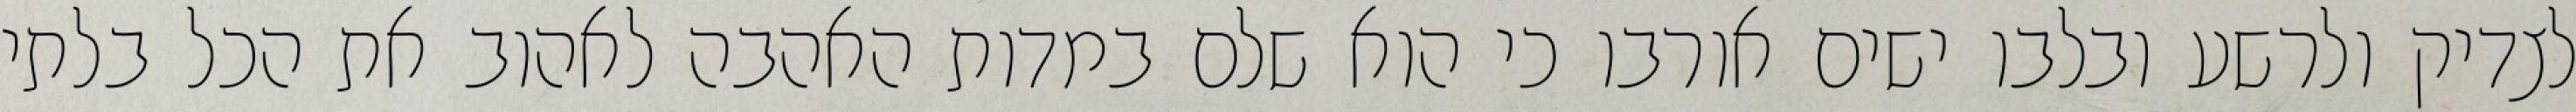
לצדיק ולרשע ובלבו ישים אורבו כי הוא שלם במדות האהבה לאהוב את הכל בלתי